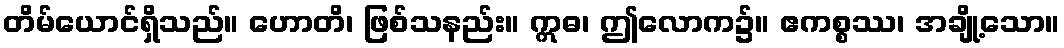
တိမ်ယောင်ရှိသည်။ ဟောတိ၊ ဖြစ်သနည်း။ ဣဓ၊ ဤလောက၌။ ဧကစ္စဿ၊ အချို့သော။